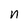
Character: n